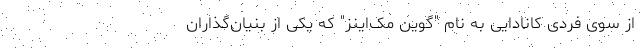
از سوی فردی کانادایی به نام "گوین مک‌اینز" که یکی از بنیان‌گذاران